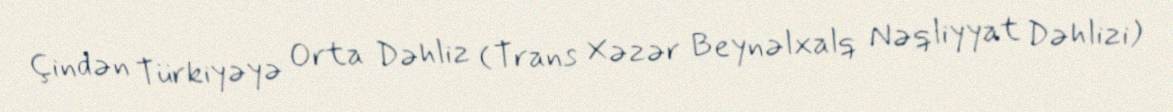
Çindən Türkiyəyə Orta Dəhliz (Trans Xəzər Beynəlxalq Nəqliyyat Dəhlizi)